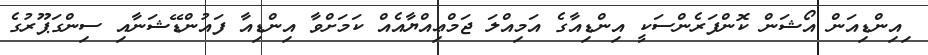
ިއިންޑިއަން އޯޝަން ކޮންފަރެންސަކީ އިންޑިއާގެ އަމިއްލަ ޖަމްޢިއްޔާއެއް ކަމަށްވާ އިންޑިއާ ފައުންޑޭޝަނާއި ސިންގަޕޫރުގެ